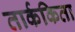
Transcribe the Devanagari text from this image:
तार्ककिता